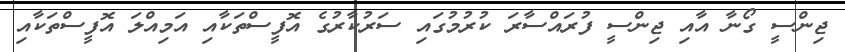
ޖިންސީ ގޯނާ އާއި ޖިންސީ ފުރައްސާރަ ކުރުމުގައި ސަރުކާރުގެ އޮފީސްތަކާއި އަމިއްލަ އޮފީސްތަކާއި